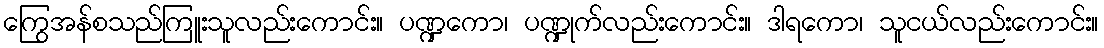
ကြွေအန်စသည်ကြူးသူလည်းကောင်း။ ပဏ္ဍကော၊ ပဏ္ဍုက်လည်းကောင်း။ ဒါရကော၊ သူငယ်လည်းကောင်း။